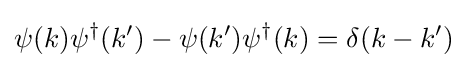
\psi (k)\psi ^{\dagger }(k')-\psi (k')\psi ^{\dagger }(k)=\delta (k-k')